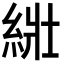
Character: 𦀜